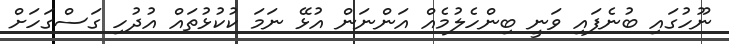
ނޫހުގައި ބުނެފައި ވަނީ ބިންހެލުމެއް އަންނަން އުޅޭ ނަމަ ކުކުޅުތައް އުދުހި ގަސްގަހަށް